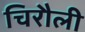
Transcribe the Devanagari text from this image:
चिरौली